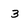
Character: 3